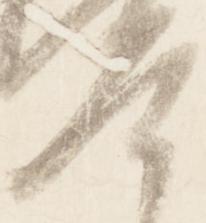
興